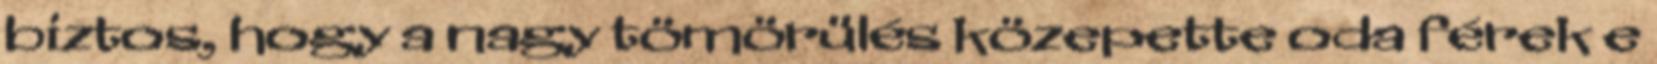
biztos, hogy a nagy tömörülés közepette oda férek e